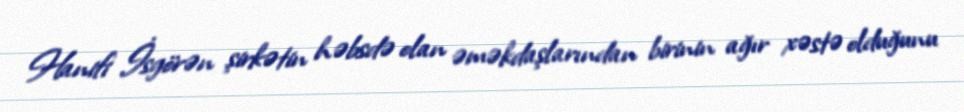
Hanifi İsgörən şirkətin həbsdə olan əməkdaşlarından birinin ağır xəstə olduğunu